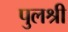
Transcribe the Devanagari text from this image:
पुलश्री